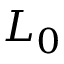
L _ { 0 }